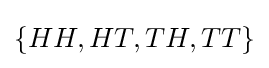
\{HH,HT,TH,TT\}